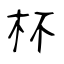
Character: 杯